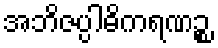
အဘိဇပ္ပါဓိကရဏဉ္စ